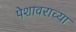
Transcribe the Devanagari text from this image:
पेशावराच्या